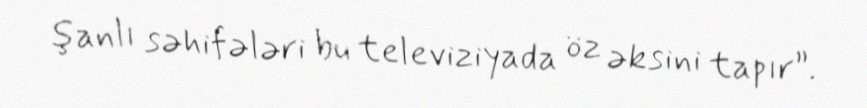
şanlı səhifələri bu televiziyada öz əksini tapır”.